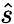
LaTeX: \hat{s}